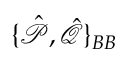
\{ \hat { \mathcal { P } } , \hat { \mathcal { Q } } \} _ { B B }